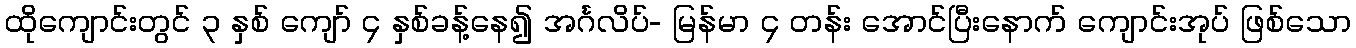
ထိုကျောင်းတွင် ၃ နှစ် ကျော် ၄ နှစ်ခန့်နေ၍ အင်္ဂလိပ်- မြန်မာ ၄ တန်း အောင်ပြီးနောက် ကျောင်းအုပ် ဖြစ်သော